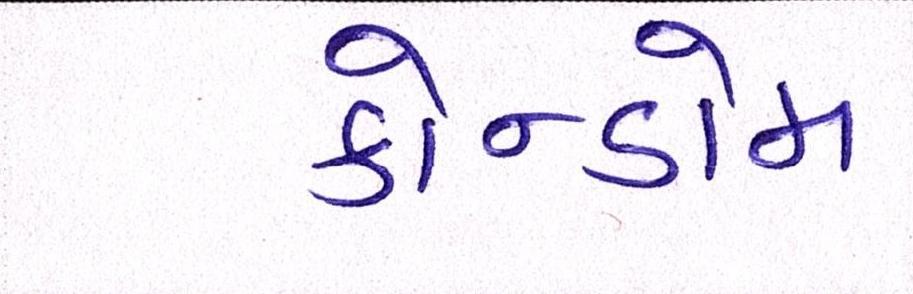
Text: કોન્ડોમ